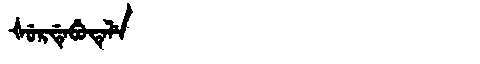
Manchu: ᡧᡠᡵᡩᡝᠪᡠᡨᡝᠯᡝ
Romanization: ŠURDEBUTELE